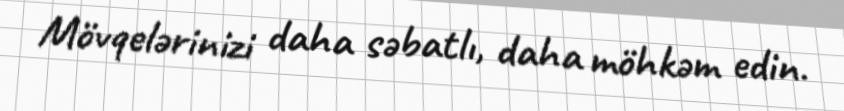
Mövqelərinizi daha səbatlı, daha möhkəm edin.